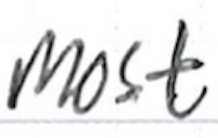
Text: most
Cross-out: clean
Writing tool: ballpoint